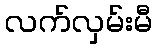
လက်လှမ်းမီ